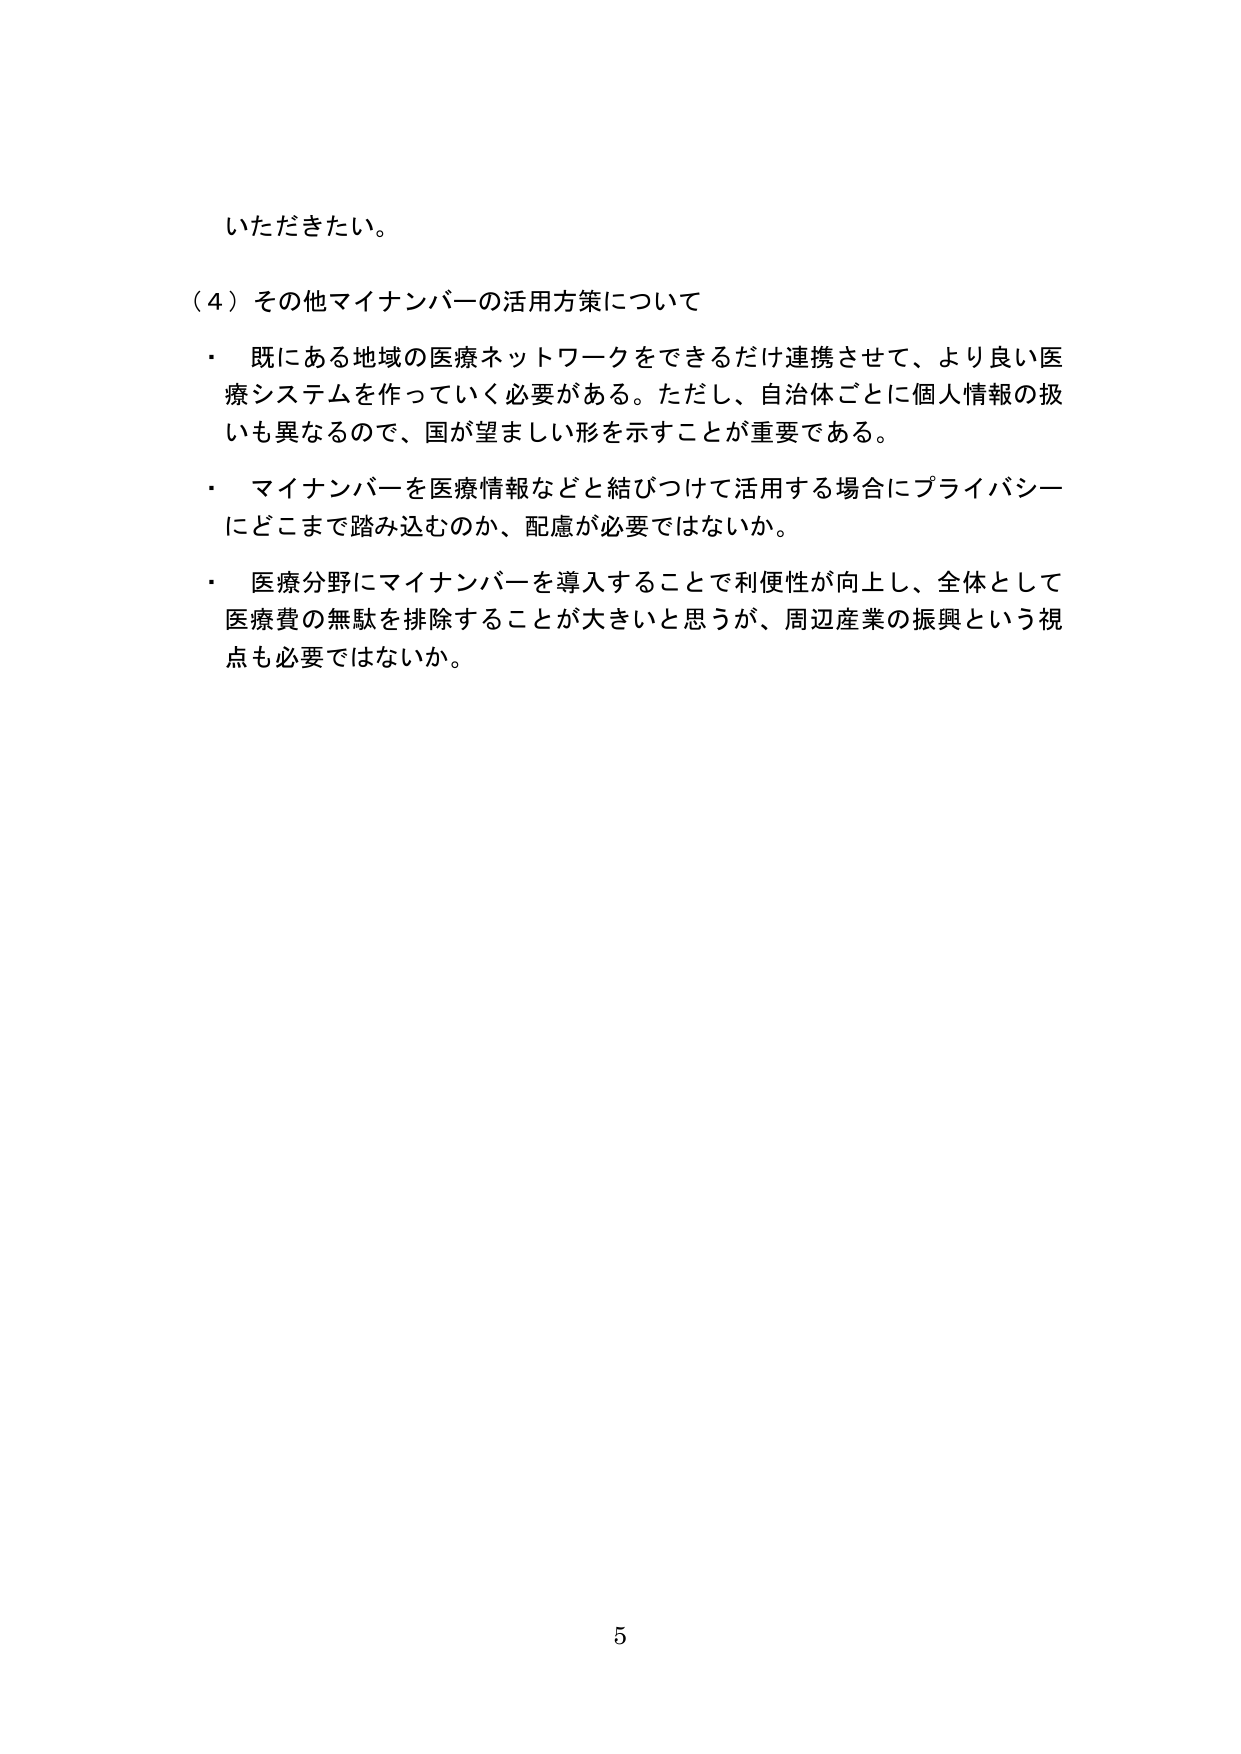
いただきたい。

（４）その他マイナンバーの活用方策について
・ 既にある地域の医療ネットワークをできるだけ連携させて、より良い医療システムを作っていく必要がある。ただし、自治体ごとに個人情報の扱いも異なるので、国が望ましい形を示すことが重要である。
・ マイナンバーを医療情報などと結びつけて活用する場合にプライバシーにどこまで踏み込むのか、配慮が必要ではないか。
・ 医療分野にマイナンバーを導入することで利便性が向上し、全体として医療費の無駄を排除することが大きいと思うが、周辺産業の振興という視点も必要ではないか。

5